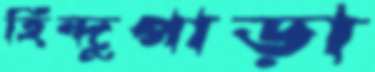
হিন্দুপাড়া